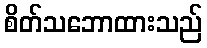
စိတ်သဘောထားသည်